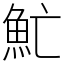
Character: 䰶